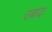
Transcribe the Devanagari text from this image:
उबादा